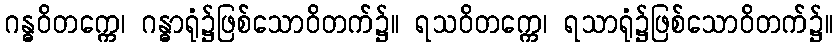
ဂန္ဓဝိတက္ကေ၊ ဂန္ဓာရုံ၌ဖြစ်သောဝိတက်၌။ ရသဝိတက္ကေ၊ ရသာရုံ၌ဖြစ်သောဝိတက်၌။